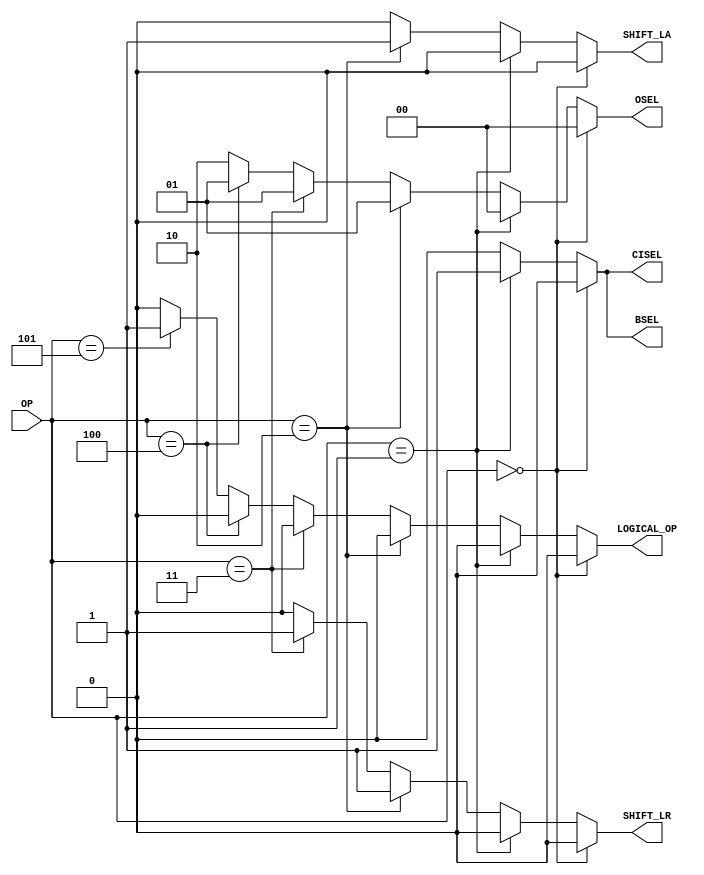
module control(OP, CISEL, BSEL,OSEL,SHIFT_LA,SHIFT_LR,LOGICAL_OP); // add other inputs and outputs here

// inputs (add others here)
input [2:0] OP; 

// outputs (add others here)
output reg CISEL;
output reg BSEL;
output reg [1:0] OSEL;
output reg SHIFT_LA;
output reg SHIFT_LR;
output reg LOGICAL_OP;

// reg and internal variable definitions


// implement module here (add other control signals below)
parameter [2:0]  	ADD = 3'b000,
						SUB = 3'b001,
						SRA = 3'b010,
						SRL = 3'b011,
						SLL = 3'b100,
						AND = 3'b101,
						OR  = 3'b110;
					

always @ (*)
begin
	if(OP==ADD) begin
		BSEL = 1'b0;
		CISEL = 1'b0;
		OSEL = 2'b00;
		SHIFT_LA = 0;
		SHIFT_LR = 0;
		LOGICAL_OP = 0;
	end
	else if(OP==SUB) begin
		BSEL = 1'b1;
		CISEL = 1'b1;
		OSEL = 2'b00;
		SHIFT_LA = 0;
		SHIFT_LR = 0;
		LOGICAL_OP = 0;
	end
	else if(OP==SRA) begin
		BSEL = 0;
		CISEL = 0;
		OSEL = 2'b01;
		SHIFT_LA = 1;
		SHIFT_LR = 1;
		LOGICAL_OP = 0;
	end
	else if(OP==SRL) begin
		BSEL = 0;
		CISEL = 0;
		OSEL = 2'b01;
		SHIFT_LA = 0;
		SHIFT_LR = 1;
		LOGICAL_OP = 0;
	end
	else if(OP==SLL) begin
		BSEL = 0;
		CISEL = 0;
		OSEL = 2'b01;
		SHIFT_LA = 0;
		SHIFT_LR = 0;
		LOGICAL_OP = 0;
	end
	else if(OP==AND) begin
		BSEL = 0;
		CISEL = 0;
		OSEL = 2'b10;
		SHIFT_LA = 0;
		SHIFT_LR = 0;
		LOGICAL_OP = 1;
	end
	else begin
		BSEL = 0;
		CISEL = 0;
		OSEL = 2'b10;
		SHIFT_LA = 0;
		SHIFT_LR = 0;
		LOGICAL_OP = 0;
	end
	
	
end


endmodule